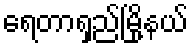
ရေတာရှည်မြို့နယ်